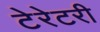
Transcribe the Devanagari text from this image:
टेरेटरी